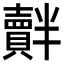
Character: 𧸝